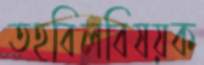
তহবিলবিষয়ক